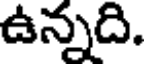
ఉన్నది.